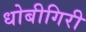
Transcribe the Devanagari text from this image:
धोबीगिरी